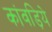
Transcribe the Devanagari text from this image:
कांवड़िये